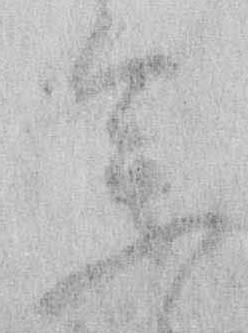
参